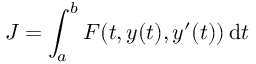
J = \int _ { a } ^ { b } F ( t , y ( t ) , y ^ { \prime } ( t ) ) \, \mathrm { d } t